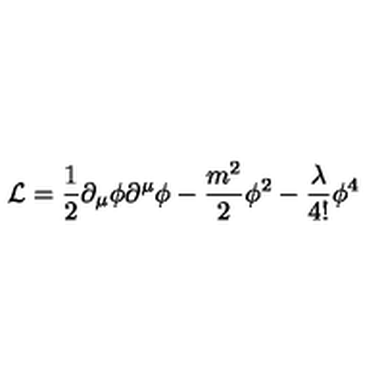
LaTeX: { \cal L } = \frac { 1 } { 2 } \partial _ { \mu } \phi \partial ^ { \mu } \phi - \frac { m ^ { 2 } } { 2 } \phi ^ { 2 } - \frac { \lambda } { 4 ! } \phi ^ { 4 }